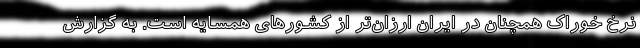
نرخ خوراک همچنان در ایران ارزان‌تر از کشورهای همسایه است. به گزارش